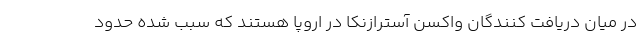
در میان دریافت کنندگان واکسن آسترازنکا در اروپا هستند که سبب شده حدود